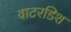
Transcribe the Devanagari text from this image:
वाटरडिश